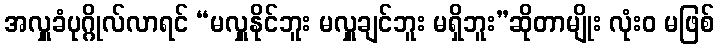
အလှူခံပုဂ္ဂိုလ်လာရင် “မလှူနိုင်ဘူး မလှူချင်ဘူး မရှိဘူး”ဆိုတာမျိုး လုံးဝ မဖြစ်